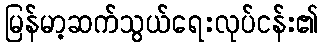
မြန်မာ့ဆက်သွယ်ရေးလုပ်ငန်း၏